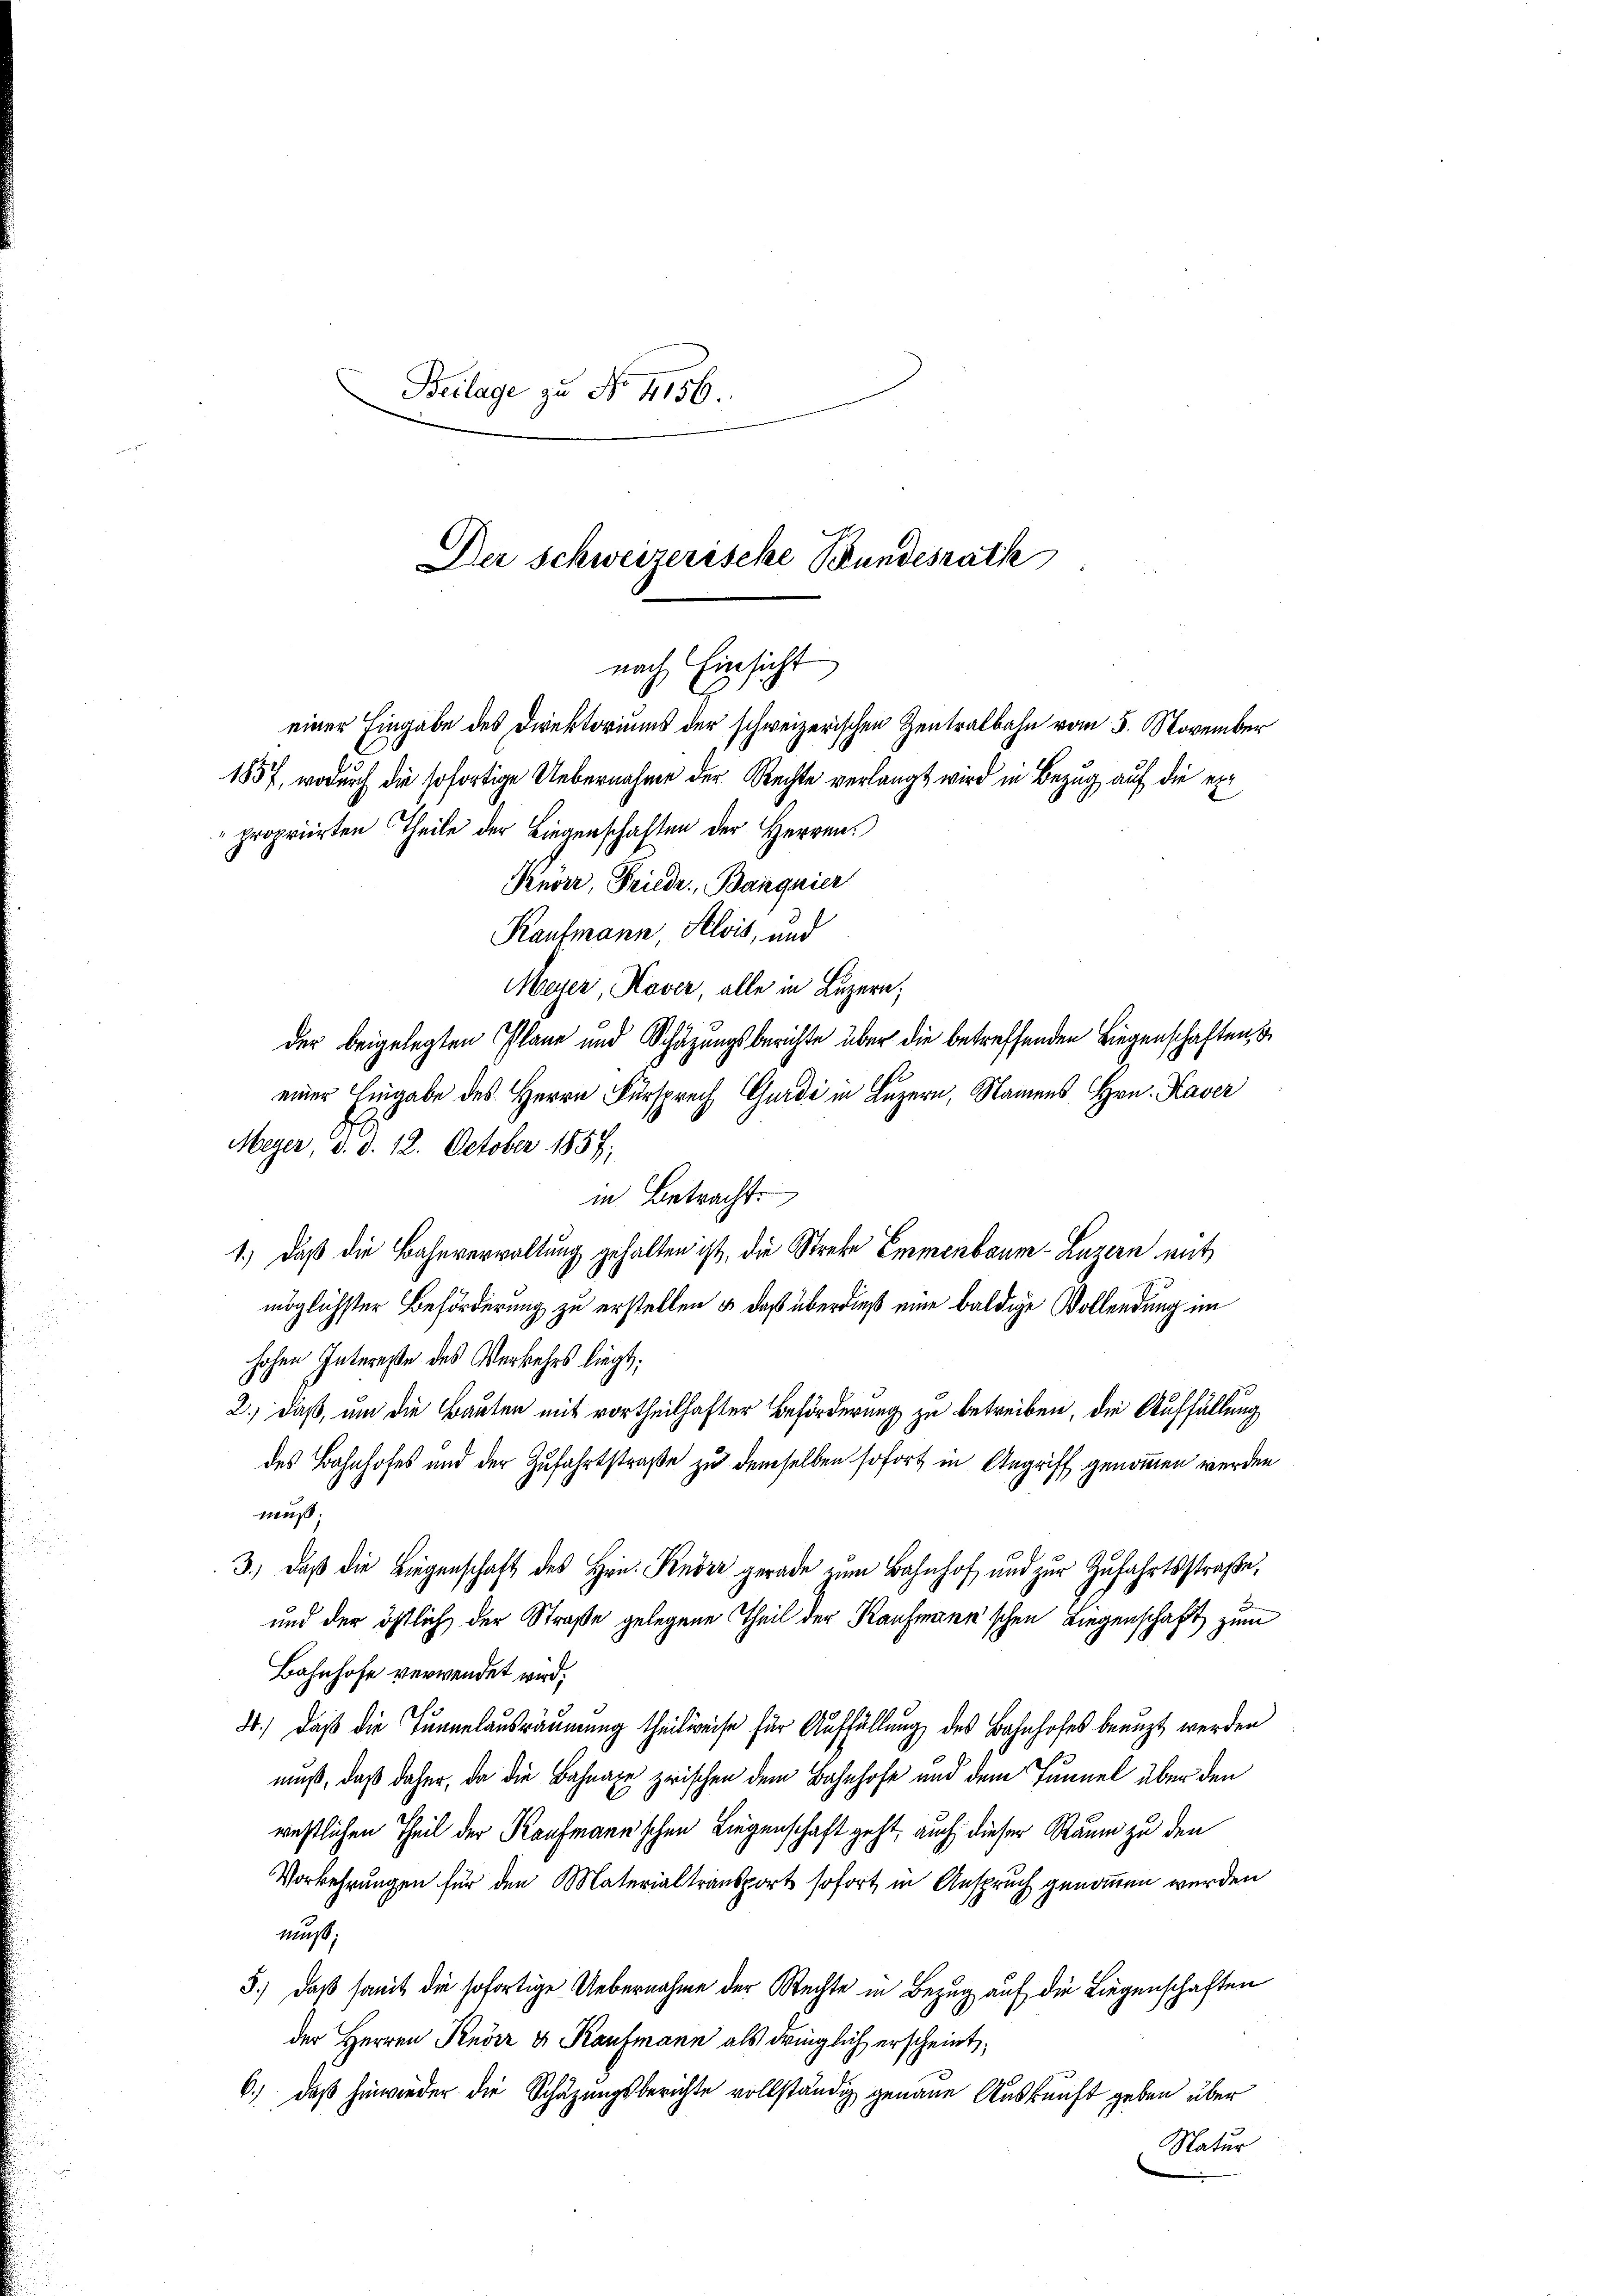
Beilage zu No 1156.
Der Schweizerische Bundesrath

nach Einsicht
einer Eingabe des Direktoriums der schweizerischen Zentralbahn vom 5. November
1857, wodurch die sofortige Uebernahme der Rechte verlangt wird in Bezug auf die erpropriirten Theile der Liegenschaften der Herren

Kaufmann, Alois, und
Meyer, Kaver, alle in Luzern;
der beigelegten Plane und Schäzungsberichte über die betreffenden Liegenschaften, u
einer Eingabe des Herrn Fürsprech Gurdi in Luzern, Namens Hrn. Kaver
Meyer, d. d. 12. October 1857.
in Betracht
1.) Daß die Bahnverwaltung gehalten ist, die Strebe Emmenbaum- Luzern mit
möglichster Beförderung zu erstellen & daß überdieß eine baldige Vollendung im
hohen Intereße des Verkehrs liegt:
2.) daß, um die Bauten mit vortheilhafter Beförderung zu betreiben, die Auffüllung
des Bahnhofes und der Zufahrtstraße zu demselben sofort in Angriff genommen werden
muß.
3.) Daß die Liegenschaft des Hrn. Knorr gerade zum Bahnhof und zur Zufahrtsstraβe,
und der östlich der Straße gelegene Theil der Kaufmann'schen Liegenschaft zum
Bahnhofe verwendet wird;
4.) Daß die Tunnelausräumung theilweise für Auffüllung des Bahnhofes benuzt werden
muß, daß daher, da die Bahnaze zwischen dem Bahnhofe und dem Tunnel über den
westlichen Theil der Kaufmann'schen Liegenschaft geht, auch dieser Raum zu den
Vorkehrungen für den Materialtransport sofort in Anspruch genommen werden
muß:
5.) Daß somit die sofortige Uebernahme der Rechte in Bezug auf die Liegenschaften
der Herren Knörr v. Kaufmann als dringlich erscheint;
6.) Daß hinwieder die Schätzungsberichte vollständig genaue Auskunft geben über
Natur

Knorr, Friede Banquier